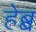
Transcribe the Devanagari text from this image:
हेब्ब